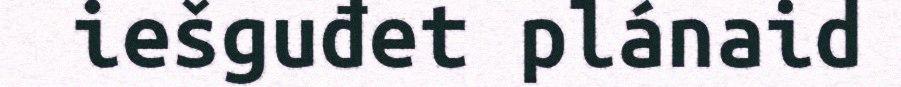
iešguđet plánaid